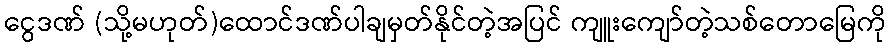
ငွေဒဏ် (သို့မဟုတ်)ထောင်ဒဏ်ပါချမှတ်နိုင်တဲ့အပြင် ကျူးကျော်တဲ့သစ်တောမြေကို